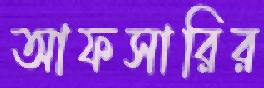
আফসারির